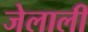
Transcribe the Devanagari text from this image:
जेलाली